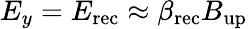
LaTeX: E_{y}=E_{\mathrm{rec}}\approx\beta_{\mathrm{rec}}B_{\mathrm{up}}